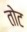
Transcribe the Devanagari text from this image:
तोट